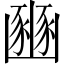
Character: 豳